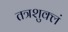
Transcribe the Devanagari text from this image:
तत्रशुक्लं